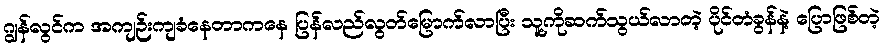
ဂျွန်လွင်က အကျဉ်းကျခံနေတာကနေ ပြန်လည်လွတ်မြောက်လာပြီး သူ့ကိုဆက်သွယ်လာတဲ့ ပိုင်တံခွန်နဲ့ ပြောဖြစ်တဲ့